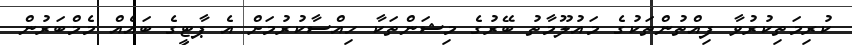
ކުރިމަތިކުރުވާ ފިއްތުންތަކުގެ މައުލޫމާތު ބޭރުގެ މިޝަންތަކާ ހިއްސާކުރުމަށް އެ ޕާޓީގެ ބައެއް މެމްބަރުން